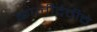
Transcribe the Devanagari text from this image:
कालीदेवीचे